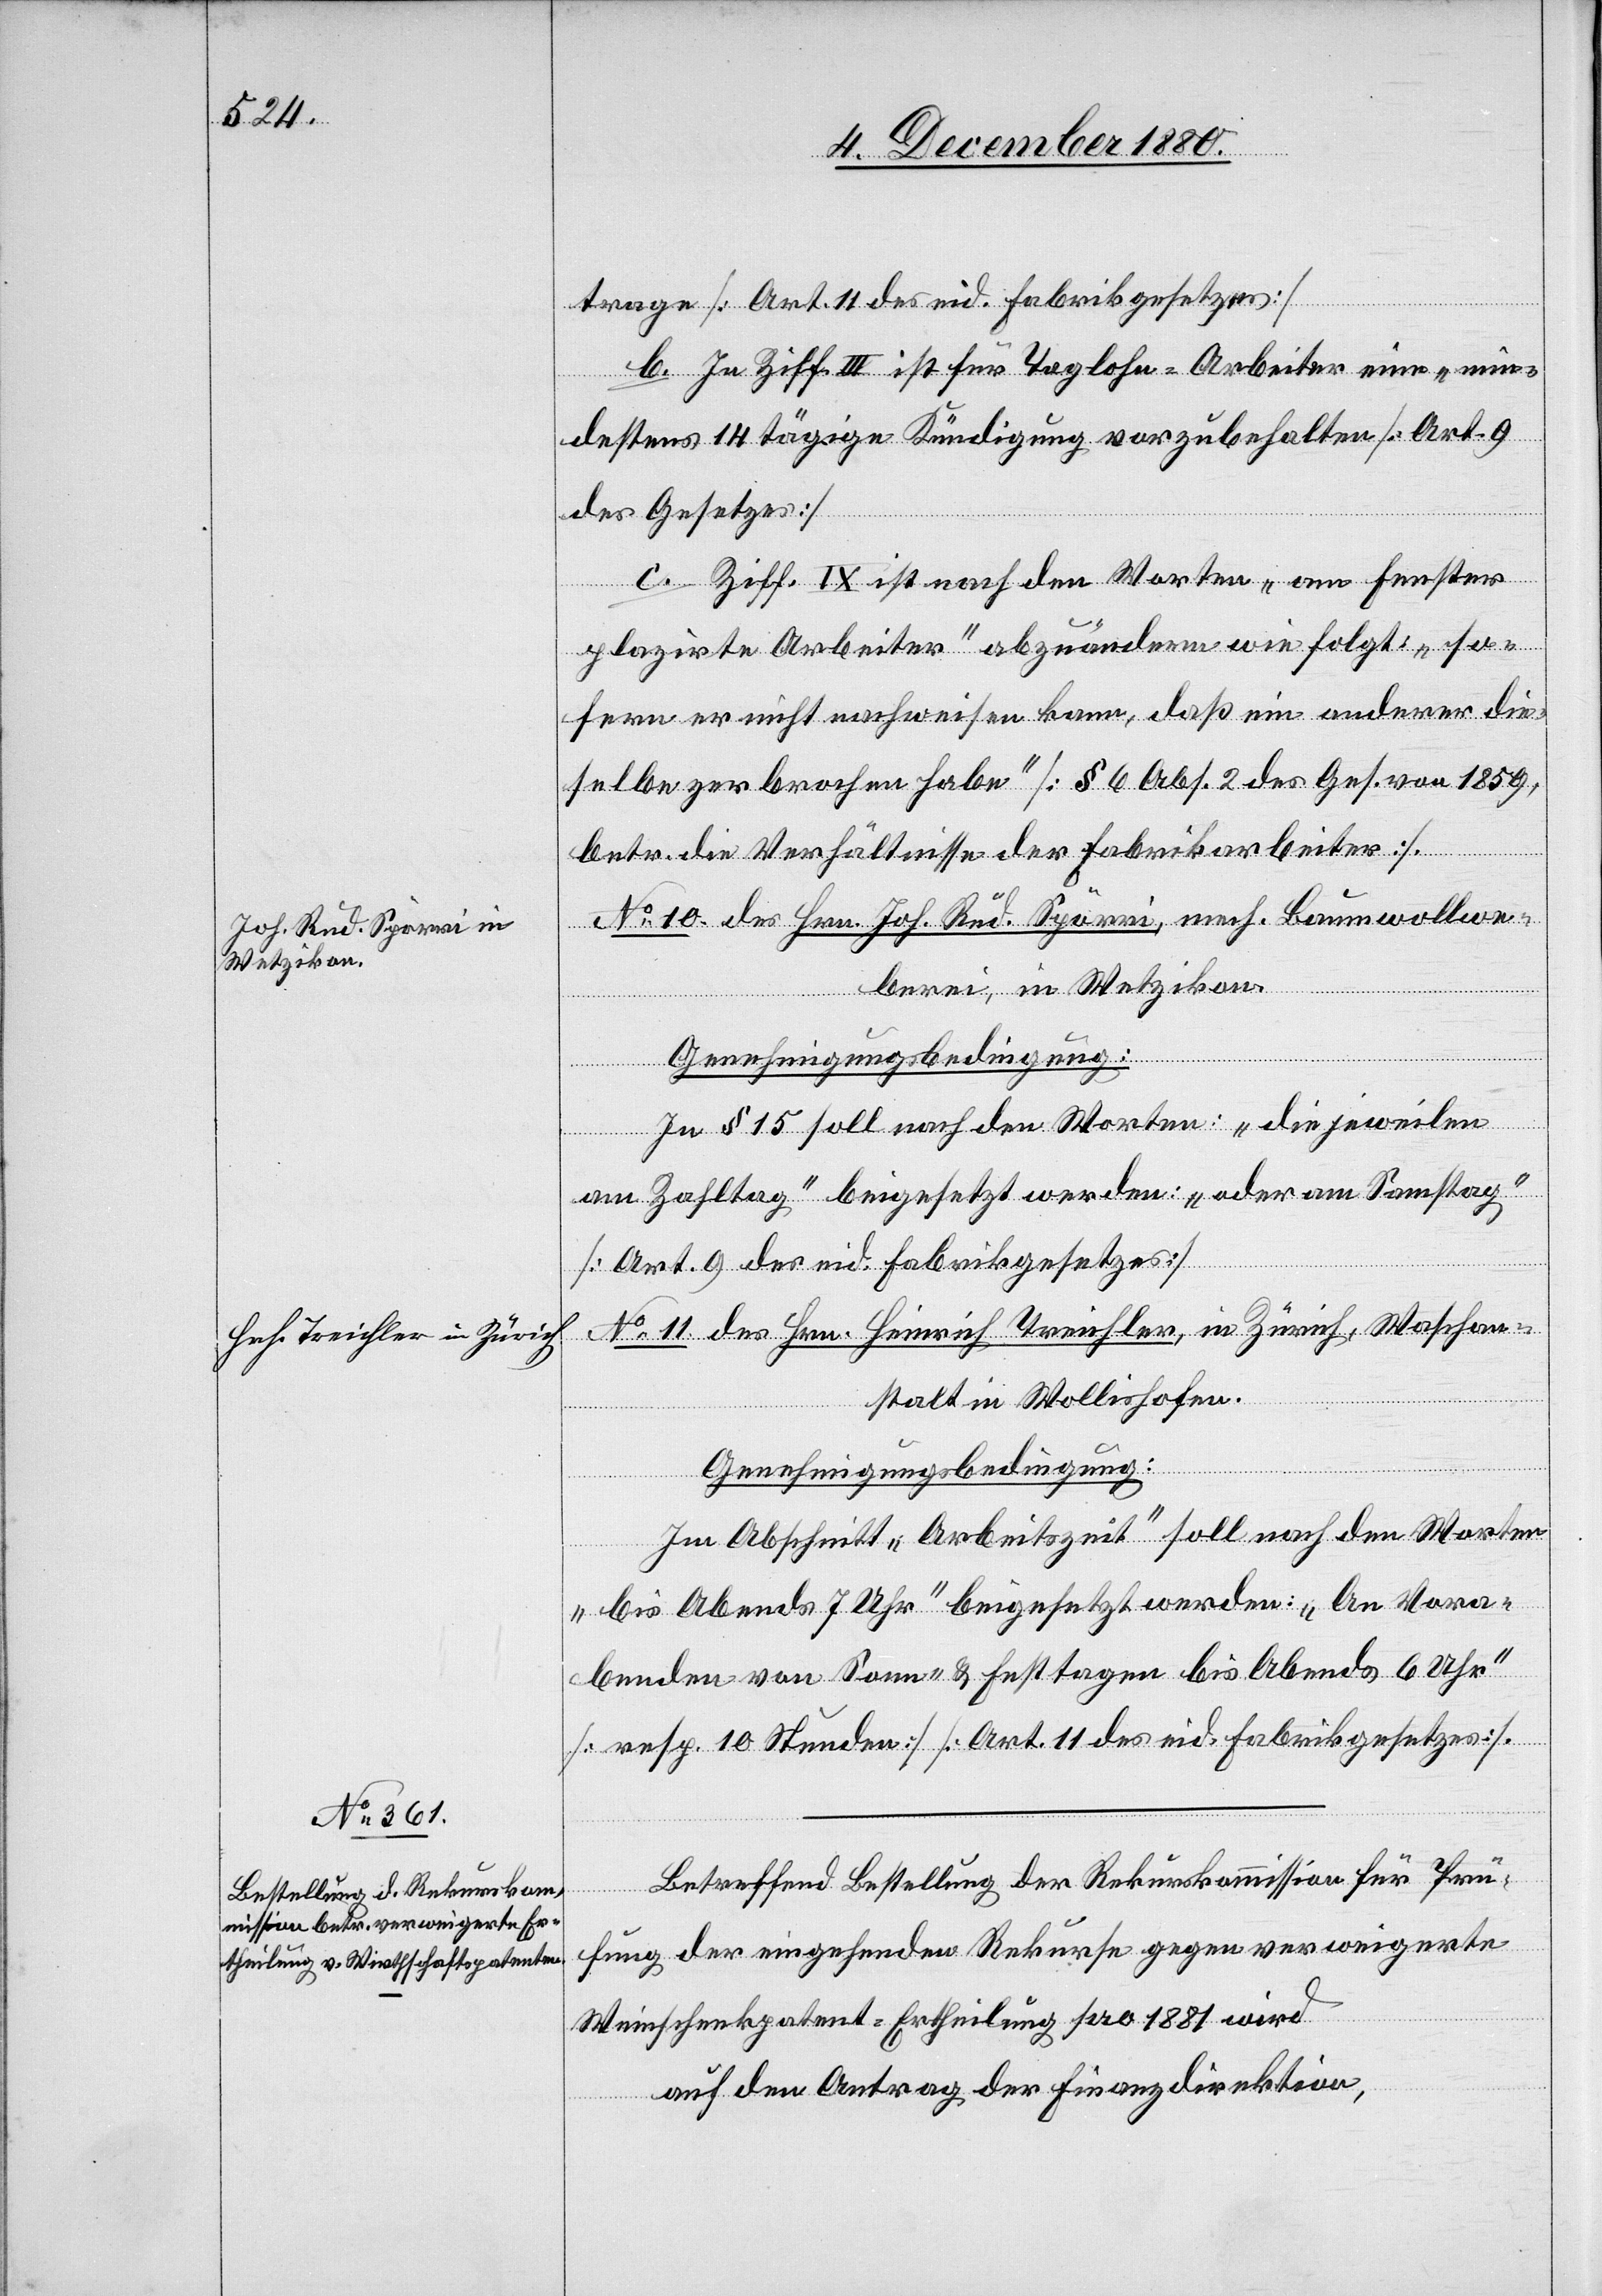
tragen [Art. 11 des eid. Fabrikgesetzes]
b. In Ziff. III ist für Taglohn-Arbeiter eine „min¬
destens 14tägige Kündigung vorzubehalten [Art. 9
des Gesetzes]
c. Ziff. IX ist nach den Worten „am Fenster
plazirte Arbeiter“ abzuändern wie folgt: „so¬
fern er nicht nachweisen kann, daß ein anderer die¬
selbe zerbrochen habe“ [§ 6 Abs. 3 des Ges. von 1859,
betr. die Verhältnisse der Fabrikarbeiter].
No 10 des Hrn. Joh. Rud. Spörri, mech. Baumwollwe¬
berei, in Wetzikon.
Genehmigungsbedingung:
In § 15 soll nach den Worten: „die jeweilen
am Zahltag“ beigesetzt werden: oder am Samstag“
[Art. 9 der eid. Fabrikgesetzes]
No 11 des Hrn. Heinrich Treichler, in Zürich, Waschan¬
stalt in Wollishofen.
Genehmigungsbedingung:
Im Abschnitt „Arbeitszeit“ soll nach den Worten
„bis Abends 7 Uhr“ beigesetzt werden: „An Vora¬
benden von Sonn- & Festtatgen bis Abends 6 Uhr“
[resp. 10 Stunden] [Art. 11 des eid. Fabrikgesetzes].
Betreffend Bestellung der Rekurskommission für Prü¬
fung der eingehenden Rekurse gegen verweigerte
Weinschenkpatent-Ertheilung pro 1881 wird
auf den Antrag der Finanzdirektion,